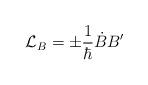
LaTeX: \begin{align*}{\cal L}_B = \pm \frac1{\hbar} \dot B B' \end{align*}